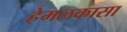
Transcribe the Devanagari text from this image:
हेमलकासा